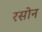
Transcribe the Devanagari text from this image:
रसोन